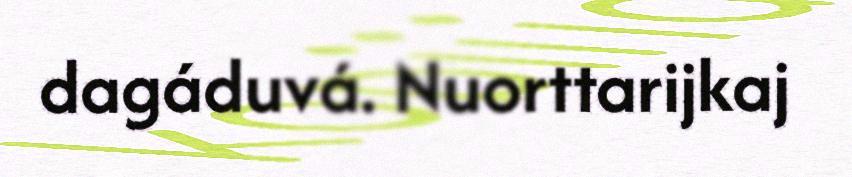
dagáduvá. Nuorttarijkaj